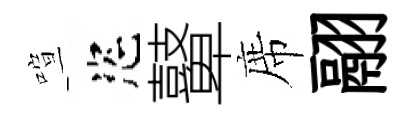
喧恣鼙席翮